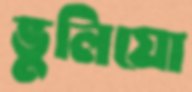
ভুলিয়ো